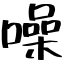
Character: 噪